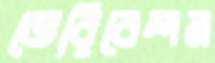
ভেরিবেশন